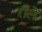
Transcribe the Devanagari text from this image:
रीलें